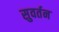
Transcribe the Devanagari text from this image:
सुवर्तन